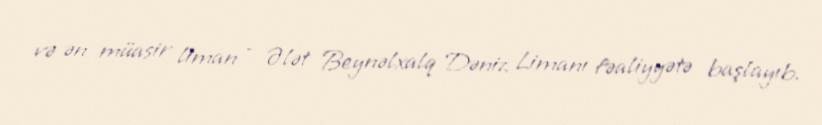
və ən müasir liman - Ələt Beynəlxalq Dəniz Limanı fəaliyyətə başlayıb.